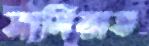
সামিয়াত